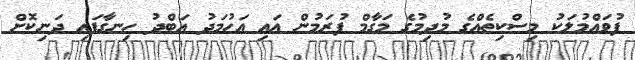
ފުވައްމުލަކު މިސްކިތެއްގެ މުދިމުގެ މަގާމް ފުރަމުން އައި އަހުމަދު އަބްދު ހިނގާފައި ދަނިކޮށް